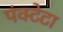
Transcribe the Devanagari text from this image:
पंक्टेटा